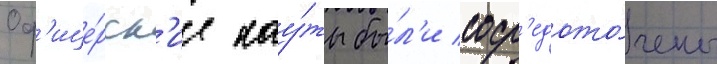
Оф'ице́рск'ие кау́ты бы́л'и соср'едото́чены